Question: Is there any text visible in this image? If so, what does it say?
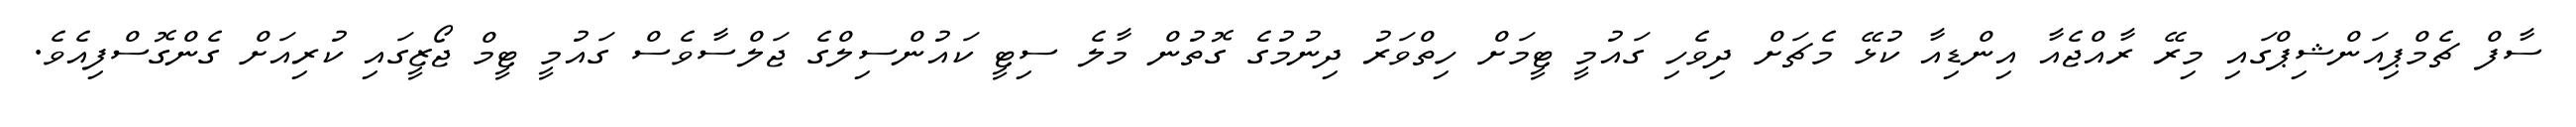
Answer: ސާފް ޗެމްޕިއަންޝިޕްގައި މިރޭ ރާއްޖެއާ އިންޑިއާ ކުޅޭ މެޗަށް ދިވެހި ގައުމީ ޓީމަށް ހިތްވަރު ދިނުމުގެ ގޮތުން މާލެ ސިޓީ ކައުންސިލްގެ ޖަލްސާވެސް ގައުމީ ޓީމް ޖޯޒީގައި ކުރިއަށް ގެންގޮސްފިއެވެ.